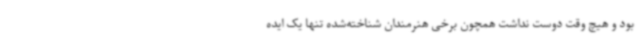
بود و هیچ وقت دوست نداشت همچون برخی هنرمندان شناخته‌شده تنها یک ایده